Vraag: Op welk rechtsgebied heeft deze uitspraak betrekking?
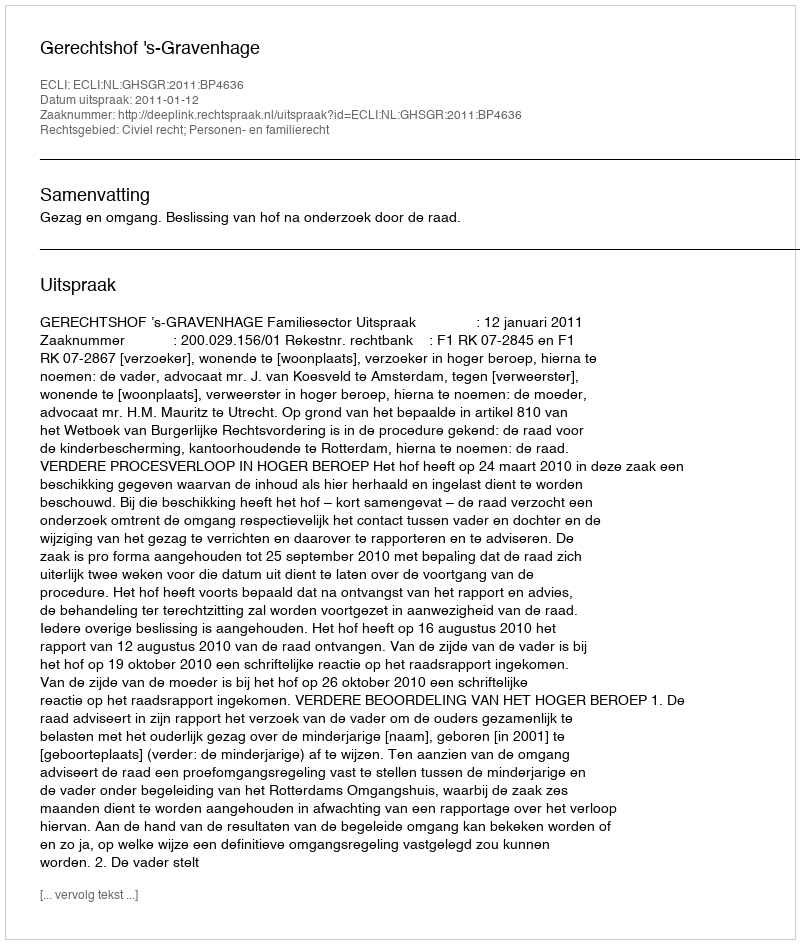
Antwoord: Civiel recht; Personen- en familierecht